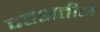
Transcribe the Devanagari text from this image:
दहशतीने